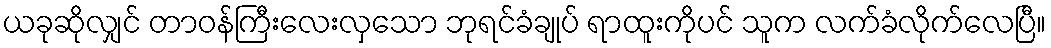
ယခုဆိုလျှင် တာဝန်ကြီးလေးလှသော ဘုရင်ခံချုပ် ရာထူးကိုပင် သူက လက်ခံလိုက်လေပြီ။